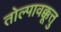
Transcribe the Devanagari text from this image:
तोल्पावक्कूत्तु